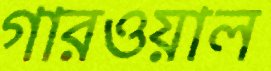
গারওয়াল